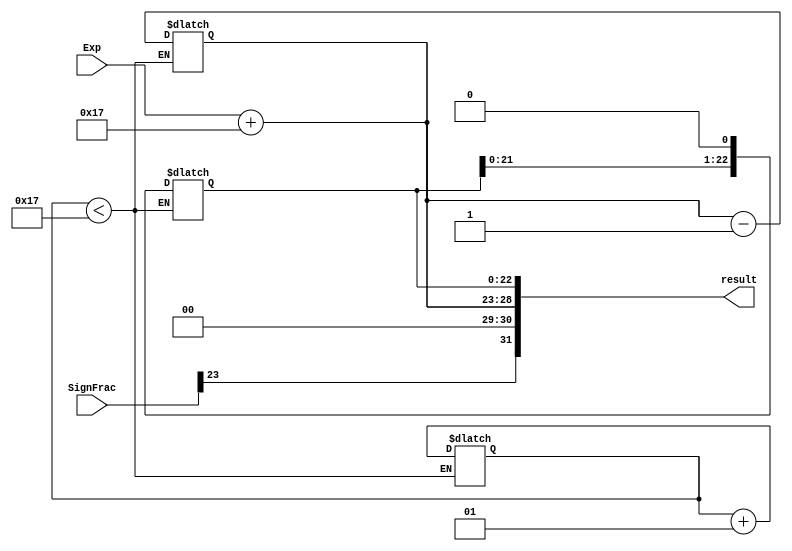
module renormalization
#(
    parameter input_sign_fraction_size = 24, input_exponent_size = 6,
    localparam input_fraction_size = input_sign_fraction_size - 1, 
    localparam output_size = 32, output_exp_size = 8
)
(
    input [ input_sign_fraction_size-1:0 ] SignFrac,
    input [ input_exponent_size-1:0 ] Exp,
    output [ output_size-1:0 ] result
    );
    
    reg [input_fraction_size-1:0] fraction;
    reg FLAG_shift_done;
    integer shift_count = 0;
    reg shifting_needed = 1'b0;
    reg [ input_exponent_size-1:0 ] exp_step1;
    
    // First step: shift the fraction and change the exponnet accordingly
    // value assign
    always @ (SignFrac) begin 
        fraction <= SignFrac[input_sign_fraction_size-2:0];
        exp_step1 <= Exp + input_fraction_size;
    end
    
    // decide whether shifting is required
    always @(fraction) begin
        FLAG_shift_done = fraction[input_fraction_size-1];
        if (!FLAG_shift_done) shifting_needed = ~shifting_needed;
    end
    
    // shift one bit to the left
    always @(shifting_needed) begin
        if (shift_count < input_fraction_size) begin 
            fraction = fraction << 1;
            exp_step1 = exp_step1 - 1;
            shift_count = shift_count + 1;
        end
    end
    
    // Step 2 Resize: add leading zeros to the exponent.
    // in our case, fraction does not need to change.
    wire [7:0] exp_step2;
    assign exp_step2[input_exponent_size-1:0] = exp_step1;
    assign exp_step2[7:input_exponent_size] = 0;
    assign result = {SignFrac[input_sign_fraction_size-1], exp_step2, fraction};
    
endmodule